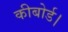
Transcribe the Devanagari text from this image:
कीबोर्ड।